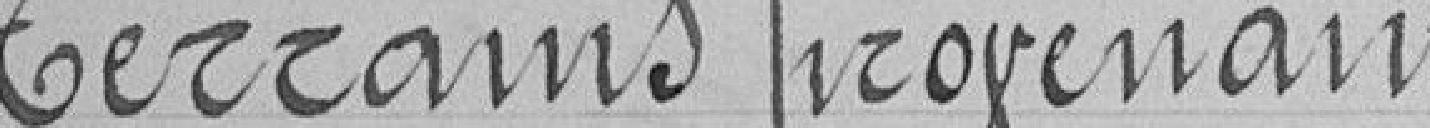
Terrains provenant